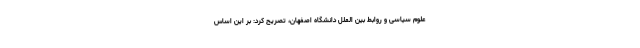
علوم سیاسی و روابط بین الملل دانشگاه اصفهان، تصریح کرد: بر این اساس